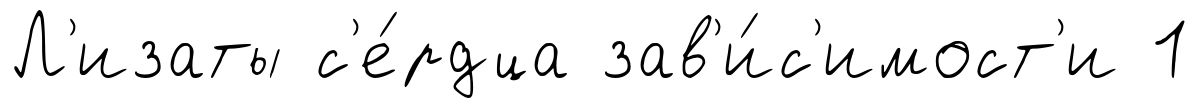
Л'изаты с'е́рдца зав'и́с'имост'и 1